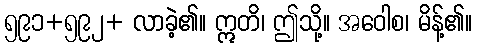
၅၉၁+၅၉၂+ လာခဲ့၏။ ဣတိ၊ ဤသို့။ အဝေါစ၊ မိန့်၏။